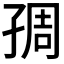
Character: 𡥱